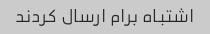
اشتباه برام ارسال کردند